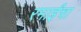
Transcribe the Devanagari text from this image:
रमाईंचा